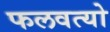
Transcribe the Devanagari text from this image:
फलवत्यो